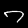
Digit: 7